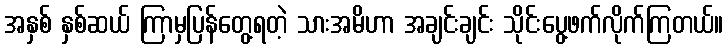
အနှစ် နှစ်ဆယ် ကြာမှပြန်တွေ့ရတဲ့ သားအမိဟာ အချင်းချင်း သိုင်းပွေ့ဖက်လိုက်ကြတယ်။